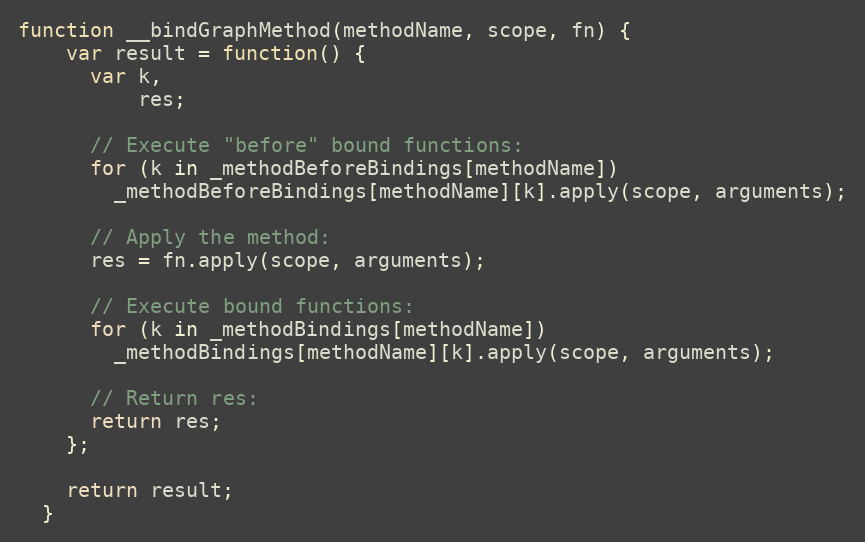
Language: JavaScript
function __bindGraphMethod(methodName, scope, fn) {
    var result = function() {
      var k,
          res;

      // Execute "before" bound functions:
      for (k in _methodBeforeBindings[methodName])
        _methodBeforeBindings[methodName][k].apply(scope, arguments);

      // Apply the method:
      res = fn.apply(scope, arguments);

      // Execute bound functions:
      for (k in _methodBindings[methodName])
        _methodBindings[methodName][k].apply(scope, arguments);

      // Return res:
      return res;
    };

    return result;
  }